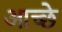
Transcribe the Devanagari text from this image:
आच्छे